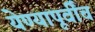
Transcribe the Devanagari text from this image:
येण्यापूर्वींच